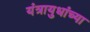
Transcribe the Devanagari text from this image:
यंत्रायुधांच्या